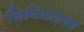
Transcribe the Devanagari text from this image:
मिनिमाइज़्ड